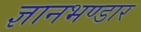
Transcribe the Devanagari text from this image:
ज्ञानभण्डार